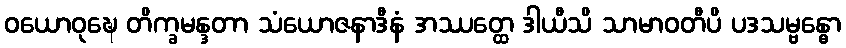
ဝယောဝုဍ္ဎေ တိက္ခမန္ဒတာ သံယောဇနာဒီနံ အဿတ္ထေ ဒါယီသိ သာမာဝတီပိ ပဒသမ္ဗန္ဓော